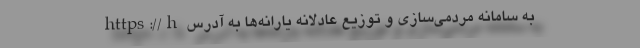
به سامانه مردمی‌سازی‌ و توزیع عادلانه یارانه‌ها به آدرس https://h